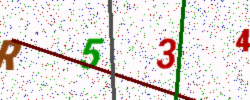
Text: R534